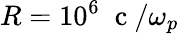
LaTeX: R=10^{6}\; \mathrm{~c~}/\omega_{p}